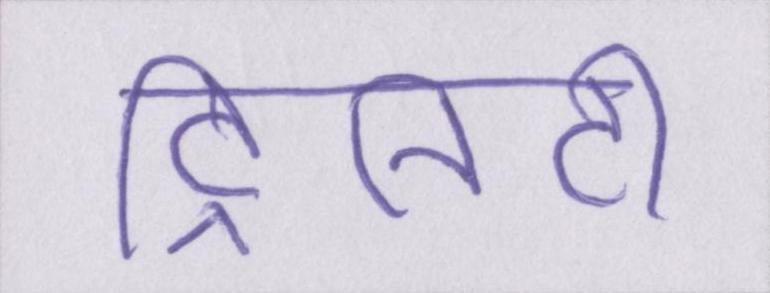
ट्रिनिटी